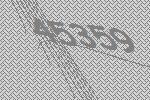
45359